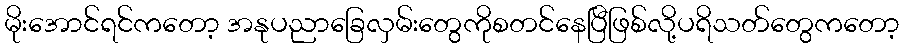
မိုးအောင်ရင်ကတော့ အနုပညာခြေလှမ်းတွေကိုစတင်နေပြီဖြစ်လို့ပရိသတ်တွေကတော့